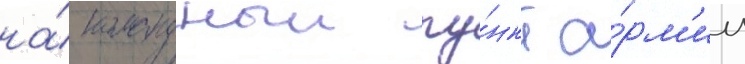
на́ командныи пу́нкт а́рм'ии